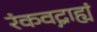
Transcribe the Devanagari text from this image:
रंकवद्ग्राह्यं